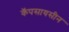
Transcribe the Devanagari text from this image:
कॅपसायसीन